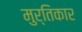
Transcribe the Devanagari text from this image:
मुर्तिकार